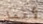
لأعمل